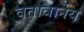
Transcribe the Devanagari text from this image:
वतावार्नेय